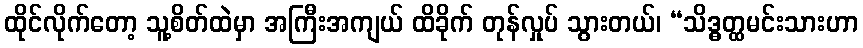
ထိုင်လိုက်တော့ သူ့စိတ်ထဲမှာ အကြီးအကျယ် ထိခိုက် တုန်လှုပ် သွားတယ်၊ “သိဒ္ဓတ္ထမင်းသားဟာ